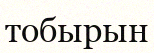
тобырын